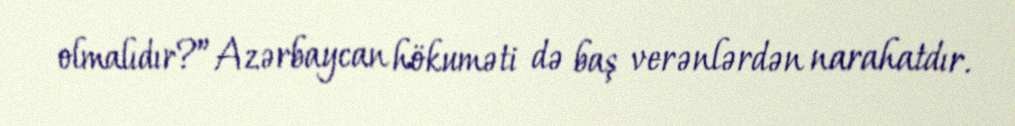
olmalıdır?”Azərbaycan hökuməti də baş verənlərdən narahatdır.